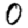
Digit: 0